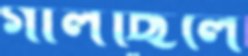
গালছিলে